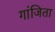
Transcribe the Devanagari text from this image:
गांजिता